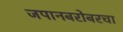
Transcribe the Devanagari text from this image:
जपानबरोबरचा